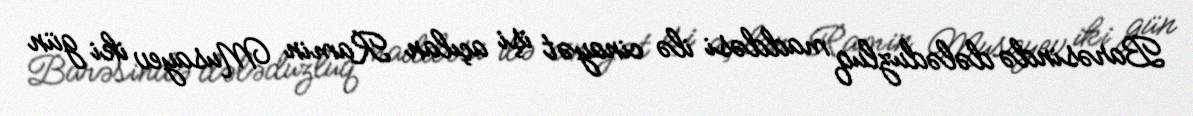
Barəsində dələduzluq maddəsi ilə cinayət işi açılan Ramin Musayev iki gün